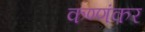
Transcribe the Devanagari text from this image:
कण्णंकर